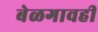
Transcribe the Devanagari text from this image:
बेळगावही